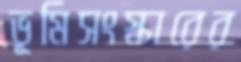
ভূমিসংস্কারের